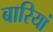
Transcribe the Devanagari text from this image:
बारियां